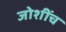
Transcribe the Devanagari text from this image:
जोशींच